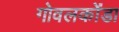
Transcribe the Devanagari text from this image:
गोवलकोंडा